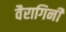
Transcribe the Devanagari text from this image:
वैरागिनी